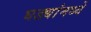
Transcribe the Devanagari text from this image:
घड्यांमध्ये